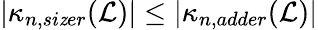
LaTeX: |\kappa_{n,si\mathit{z}er}(\mathcal{L})|\leq|\kappa_{n,adder}(\mathcal{L})|